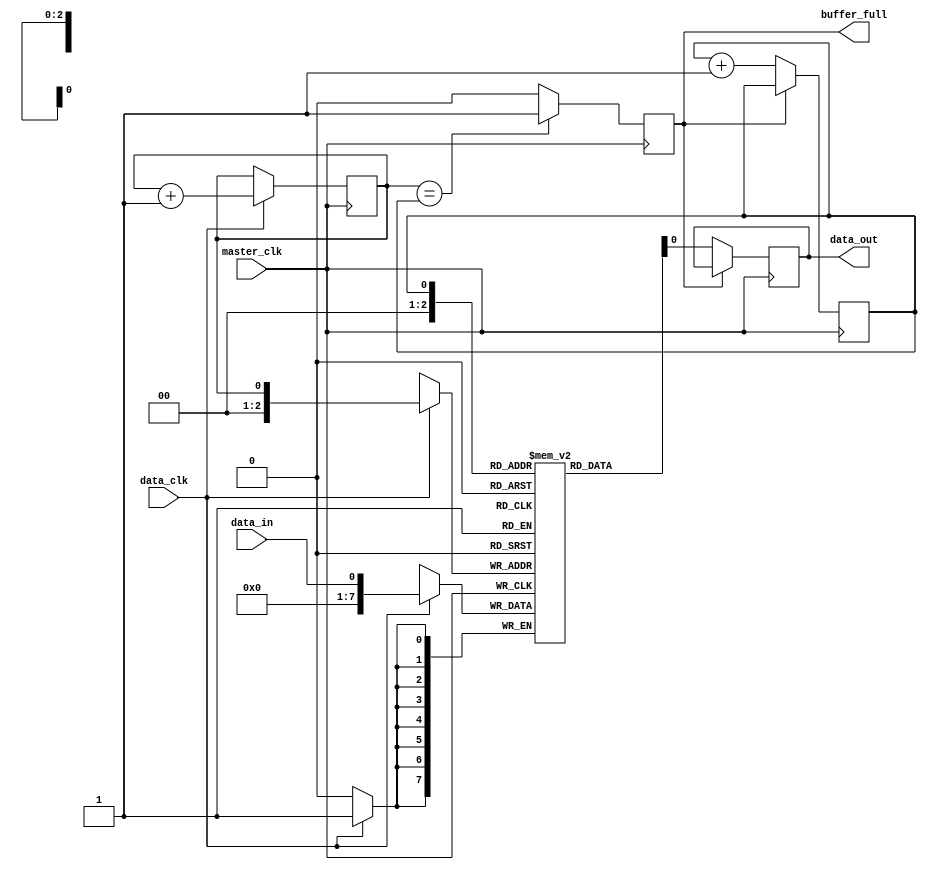
module fifo_buffer (
    input wire master_clk,
    input wire data_clk,
    input wire data_in,
    output reg data_out,
    output reg buffer_full
);

reg [7:0] buffer [0:7]; // 8-element FIFO buffer
reg read_ptr = 0;
reg write_ptr = 0;

always @(posedge master_clk) begin
    if (data_clk) begin
        buffer[write_ptr] <= data_in;
        write_ptr <= write_ptr + 1;
    end
    
    if (write_ptr == read_ptr) begin
        buffer_full <= 1;
    end else begin
        buffer_full <= 0;
    end
end

always @(posedge master_clk) begin
    if (!buffer_full) begin
        data_out <= buffer[read_ptr];
        read_ptr <= read_ptr + 1;
    end
end

endmodule